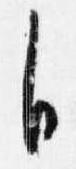
自